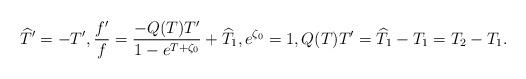
LaTeX: \begin{align*} \widehat T' = - T', \frac{f'}{f} =\frac{-Q(T) T'}{1-e^{T+\zeta_0} } + \widehat T_1 , e^{\zeta_0} = 1, Q(T)T' = \widehat T_1 - T_1 = T_2 - T_1 .\end{align*}